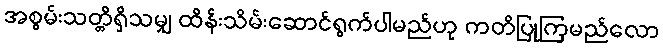
အစွမ်းသတ္တိရှိသမျှ ထိန်းသိမ်းဆောင်ရွက်ပါမည်ဟု ကတိပြုကြမည်လော